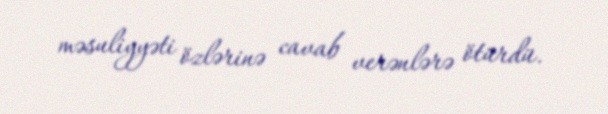
məsuliyyəti özlərinə cavab verənlərə ötürdü.